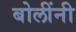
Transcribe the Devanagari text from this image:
बोलींनी